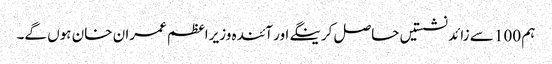
ہم 100 سے زائد نشستیں حاصل کرینگے اور آئندہ وزیراعظم عمران خان ہوں گے۔